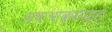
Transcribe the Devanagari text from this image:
सबआक्साइड